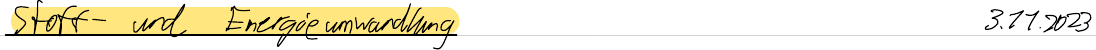
Stoff- und Energieumwandlung   3.11.2023